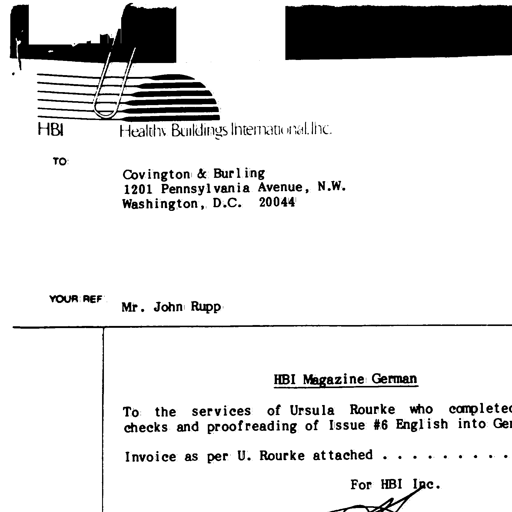
HBI Healthy Buildings International Inc.
TO
Covington & Burling
1201 Pennsylvania Avenue, N.W.
Washington, D.C. 20044
YOUR REF
Mr. John Rupp
HBI Magazine German
To the services of Ursula Rourke who completed
checks and proofreading of Issue #6 English into Ger
Invoice as per U. Rourke attached . . . . . . . .
For HBI Inc.